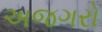
અજગરો